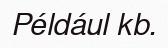
Például kb.